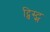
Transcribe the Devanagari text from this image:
ट्विस्ट्स